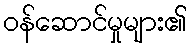
ဝန်ဆောင်မှုများ၏